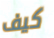
كيف